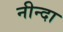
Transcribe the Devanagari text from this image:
नीन्दा